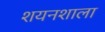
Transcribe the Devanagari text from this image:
शयनशाला